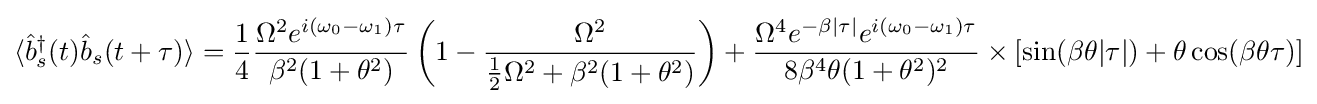
\langle {\hat {b}}_{s}^{\dagger }(t){\hat {b}}_{s}(t+\tau )\rangle ={\frac {1}{4}}{\frac {\Omega ^{2}e^{i(\omega _{0}-\omega _{1})\tau }}{\beta ^{2}(1+\theta ^{2})}}\left(1-{\frac {\Omega ^{2}}{{\frac {1}{2}}\Omega ^{2}+\beta ^{2}(1+\theta ^{2})}}\right)+{\frac {\Omega ^{4}e^{-\beta |\tau |}e^{i(\omega _{0}-\omega _{1})\tau }}{8\beta ^{4}\theta (1+\theta ^{2})^{2}}}\times [\sin(\beta \theta |\tau |)+\theta \cos(\beta \theta \tau )]